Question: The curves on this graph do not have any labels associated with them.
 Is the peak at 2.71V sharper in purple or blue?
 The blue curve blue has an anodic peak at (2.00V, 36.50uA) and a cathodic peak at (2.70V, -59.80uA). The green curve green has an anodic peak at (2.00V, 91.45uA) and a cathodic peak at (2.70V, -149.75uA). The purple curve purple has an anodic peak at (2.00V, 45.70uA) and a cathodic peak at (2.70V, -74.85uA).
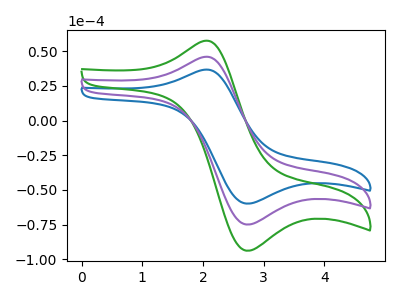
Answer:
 <answer>The peak at 2.71V is higher in "purple" than in "blue".</answer>
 <eval>higher</eval>